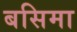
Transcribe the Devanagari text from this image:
बसिमा